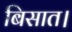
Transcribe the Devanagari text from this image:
बिसात।